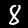
Digit: 8